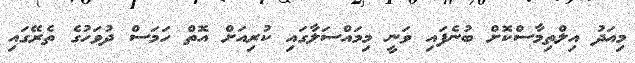
މިއަދު އިލްތިމާސްކޮށް ބުނެފައި ވަނީ މިމައްސަލާގައި ކުރިއަށް އޮތް ހަމަސް ދުވަހުގެ ތެރޭގައި